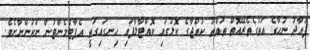
ފުއާދު ނުހާގެ އަތުގެތެރޭއޮތް ތުއްތު ކުއްޖާގެ ކޮލުގައި ކޮއްޓާލާފައި ހިނގައިގަތީ އެޕާޓްމެންޓުން ނުކުންނާށެވެ.